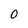
Character: 0